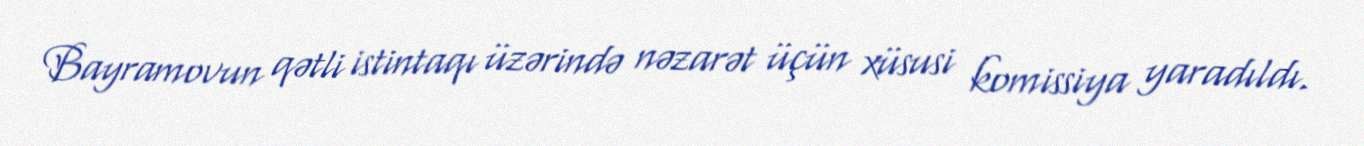
Bayramovun qətli istintaqı üzərində nəzarət üçün xüsusi komissiya yaradıldı.